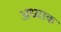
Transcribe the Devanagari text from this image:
अध्याक